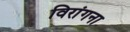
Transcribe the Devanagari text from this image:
विरांगना